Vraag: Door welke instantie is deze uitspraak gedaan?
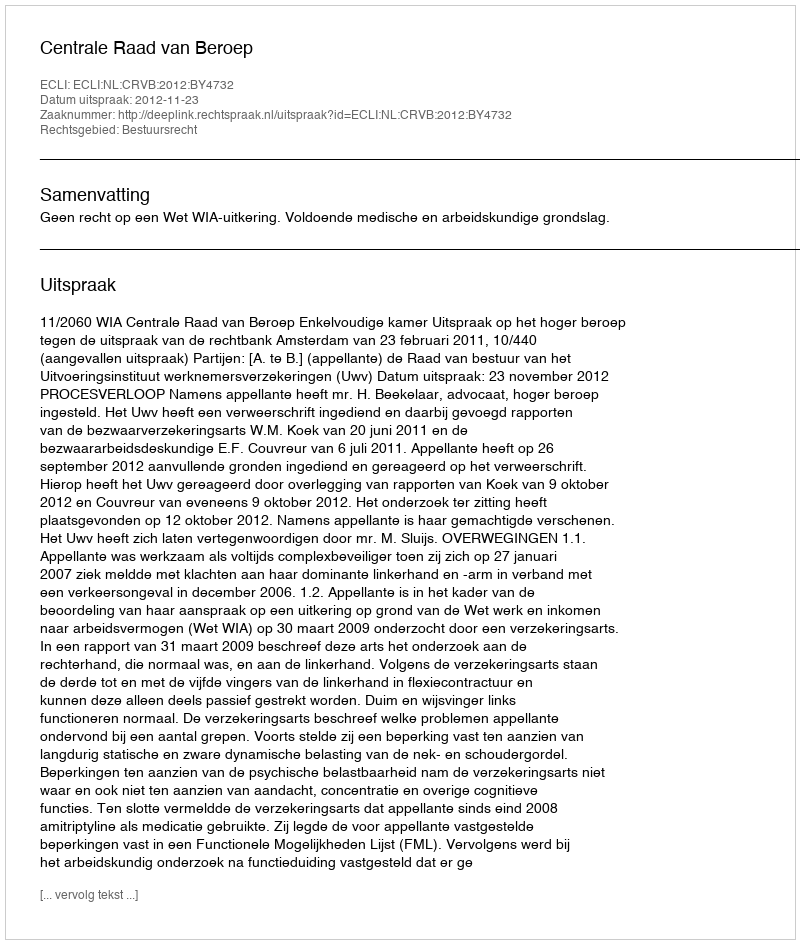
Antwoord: Centrale Raad van Beroep